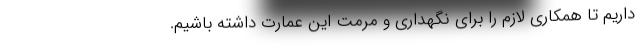
داریم تا همکاری لازم را برای نگهداری و مرمت این عمارت داشته باشیم.